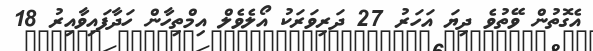
އެގޮތުން ވޭތުވެ ދިޔަ އަހަރު 27 ދަރިވަރަކު އޯލެވެލް އިމްތިހާން ހަދާފައިވާއިރު 18